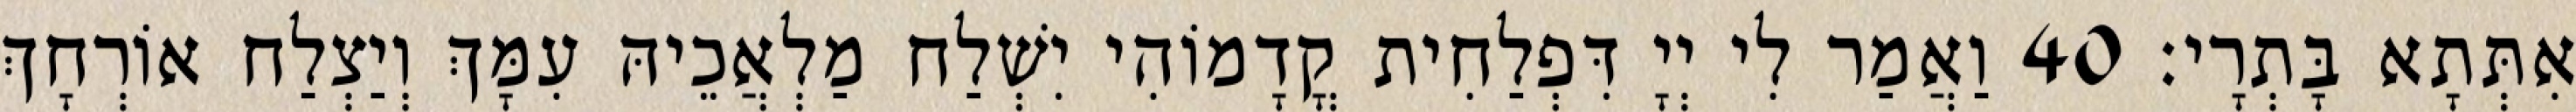
אִתְּתָא בָּתְרָי׃ 40 וַאֲמַר לִי יְיָ דִּפְלַחִית קֳדָמוֹהִי יִשְׁלַח מַלְאֲכֵיהּ עִמָּךְ וְיַצְלַח אוֹרְחָךְ